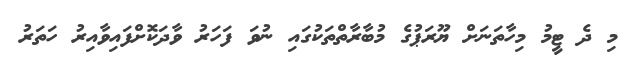
މި ދެ ޓީމު މިހާތަނަށް ޔޫރަޕުގެ މުބާރާތްތަކުގައި ނުވަ ފަހަރު ވާދަކޮށްފައިވާއިރު ހަތަރު